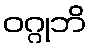
ဝဂ္ဂုဘိ